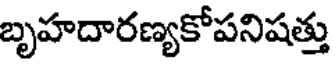
బృహదారణ్యకోపనిషత్తు